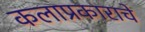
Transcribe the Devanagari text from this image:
कलाप्रकाराचे